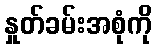
နှုတ်ခမ်းအစုံကို